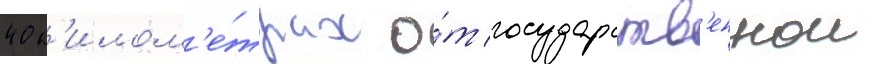
40 к'илом'е́трах о́т государств'еннои